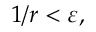
\; 1 / r < \varepsilon ,